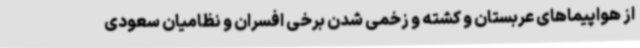
از هواپیماهای عربستان و کشته و زخمی شدن برخی افسران و نظامیان سعودی